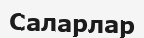
Саларлар